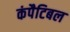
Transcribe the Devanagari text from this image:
कंपैटिबल